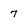
Character: 7